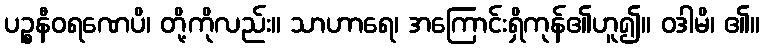
ပဉ္စနီဝရဏေပိ၊ တို့ကိုလည်း။ သာဟာရေ၊ အကြောင်းရှိကုန်၏ဟူ၍။ ဝဒါမိ၊ ၏။